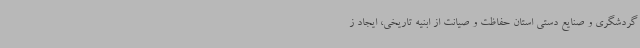
گردشگری و صنایع دستی استان حفاظت و صیانت از ابنیه تاریخی، ایجاد ز